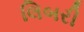
લિબરી